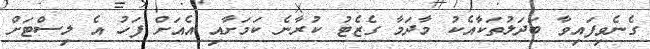
ގެނެވިފައިވާ ބަދަލުތަކާއެކު މާދަމާ ގެޒެޓު ކުރާނެ ކަމަށާއި އެއަށް ފަހު އެ ލިސްޓަށް